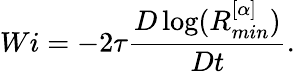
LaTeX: Wi=-2\tau\frac{D\log(R_{min}^{[\alpha]})}{Dt}.